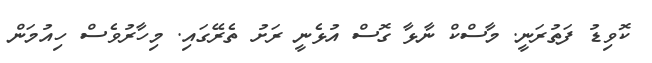
ކޮވިޑު ފަތުރަނީ. މާސްކް ނާޅާ ގޮސް އުޅެނީ ރަށު ތެރޭގައި. މިހާރުވެސް ހިއުމަން